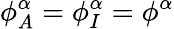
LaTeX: \phi_{A}^{\alpha}=\phi_{I}^{\alpha}=\phi^{\alpha}